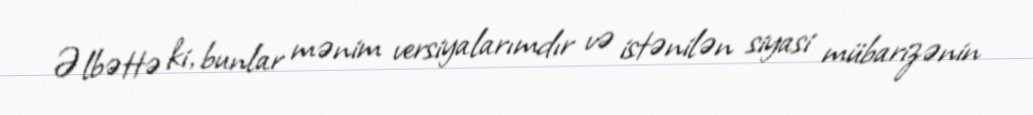
Əlbəttə ki, bunlar mənim versiyalarımdır və istənilən siyasi mübarizənin